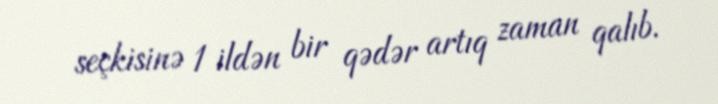
seçkisinə 1 ildən bir qədər artıq zaman qalıb.